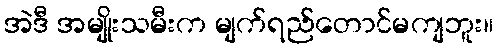
အဲဒီ အမျိုးသမီးက မျက်ရည်တောင်မကျဘူး။